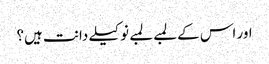
اور اس کے لمبے لمبے نوکیلے دانت ہیں؟